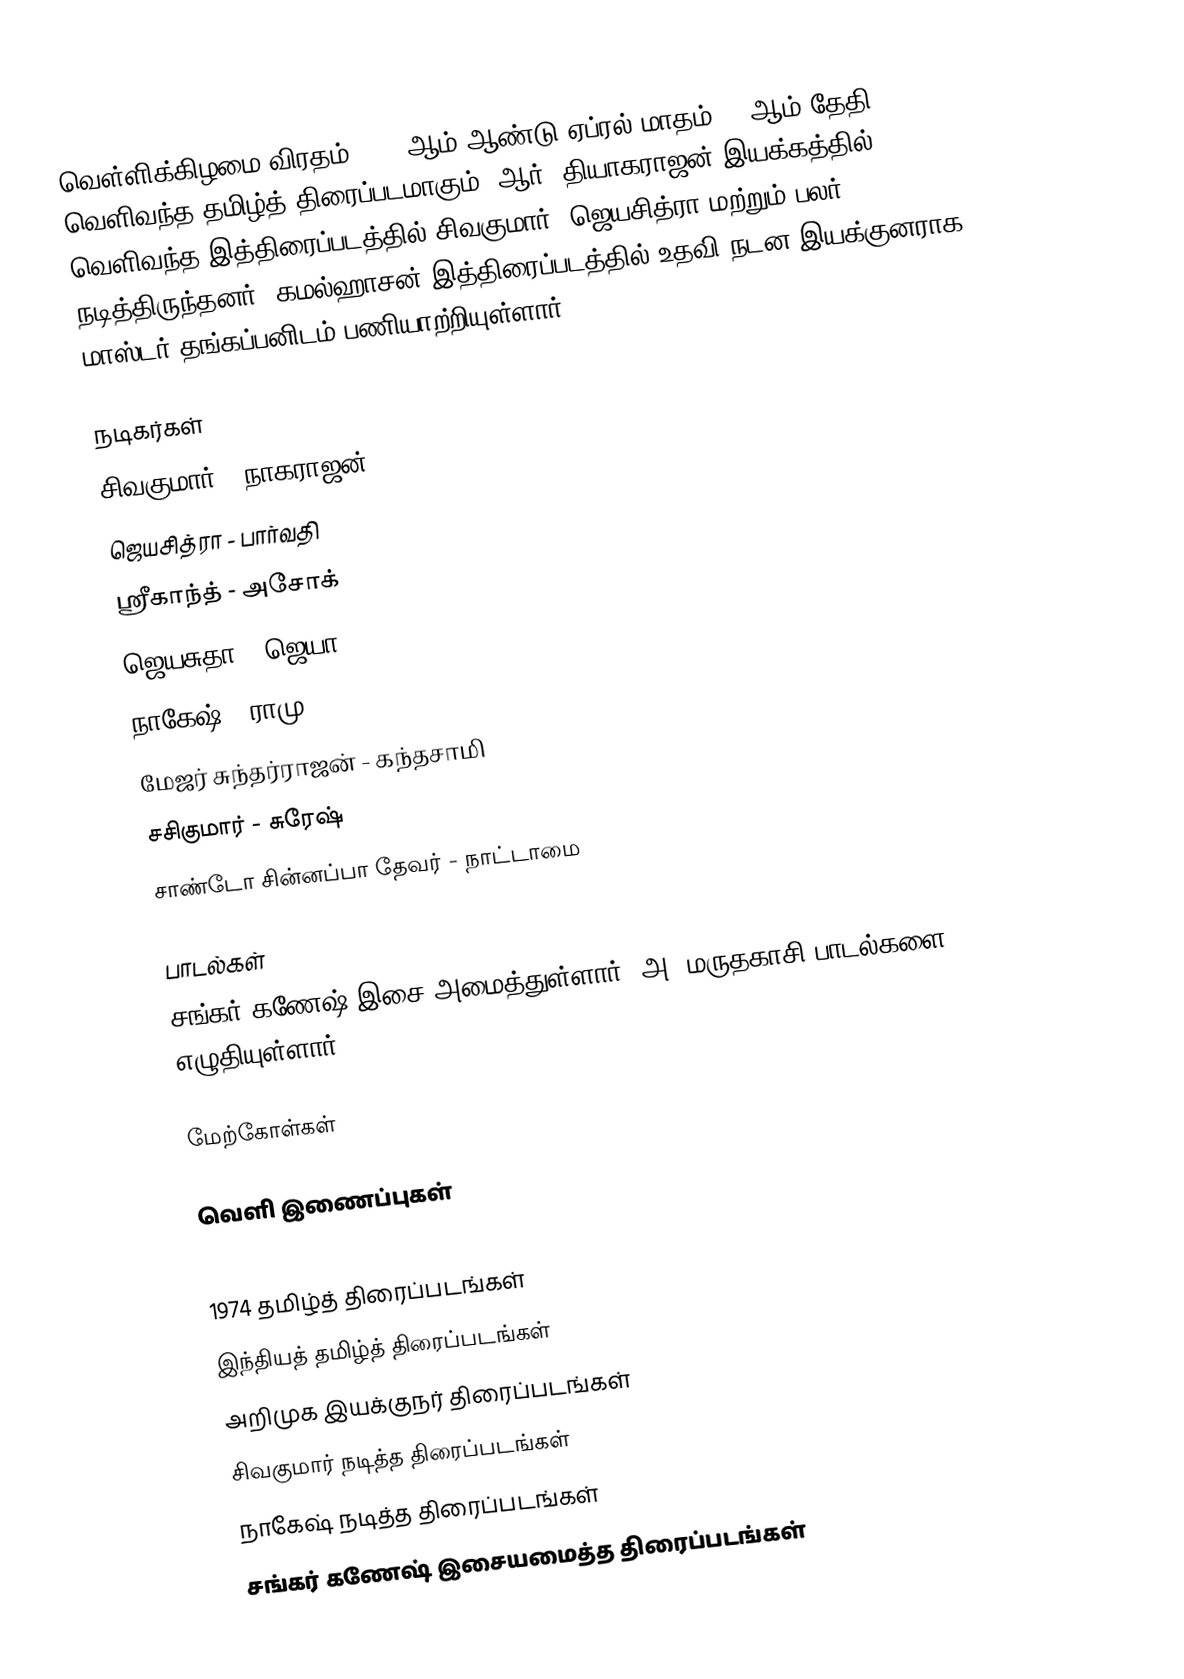
வெள்ளிக்கிழமை விரதம் 1974 ஆம் ஆண்டு ஏப்ரல் மாதம் 12 ஆம் தேதி வெளிவந்த தமிழ்த் திரைப்படமாகும். ஆர். தியாகராஜன் இயக்கத்தில் வெளிவந்த இத்திரைப்படத்தில் சிவகுமார், ஜெயசித்ரா மற்றும் பலர் நடித்திருந்தனர். கமல்ஹாசன் இத்திரைப்படத்தில் உதவி நடன இயக்குனராக மாஸ்டர் தங்கப்பனிடம் பணியாற்றியுள்ளார்.

நடிகர்கள்
 சிவகுமார் - நாகராஜன்
 ஜெயசித்ரா - பார்வதி
 ஸ்ரீகாந்த் - அசோக்
 ஜெயசுதா - ஜெயா
 நாகேஷ் - ராமு
 மேஜர் சுந்தர்ராஜன் - கந்தசாமி
 சசிகுமார் - சுரேஷ்
 சாண்டோ சின்னப்பா தேவர் - நாட்டாமை

பாடல்கள்
சங்கர் கணேஷ் இசை அமைத்துள்ளார். அ. மருதகாசி பாடல்களை எழுதியுள்ளார்.

மேற்கோள்கள்

வெளி இணைப்புகள்

1974 தமிழ்த் திரைப்படங்கள்
இந்தியத் தமிழ்த் திரைப்படங்கள்
அறிமுக இயக்குநர் திரைப்படங்கள்
சிவகுமார் நடித்த திரைப்படங்கள்
நாகேஷ் நடித்த திரைப்படங்கள்
சங்கர் கணேஷ் இசையமைத்த திரைப்படங்கள்